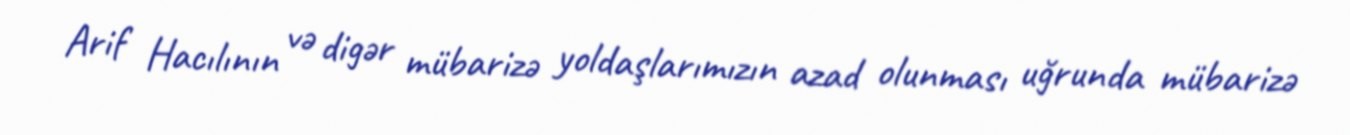
Arif Hacılının və digər mübarizə yoldaşlarımızın azad olunması uğrunda mübarizə